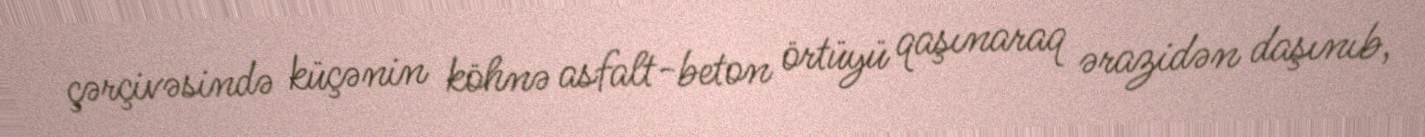
çərçivəsində küçənin köhnə asfalt-beton örtüyü qaşınaraq ərazidən daşınıb,